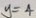
y = 4